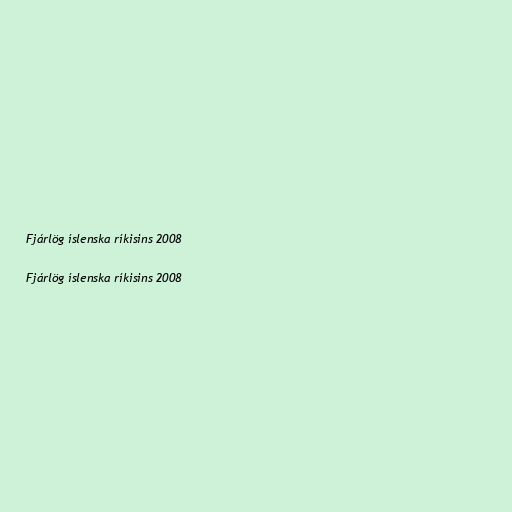
Fjárlög íslenska ríkisins 2008

Fjárlög íslenska ríkisins 2008